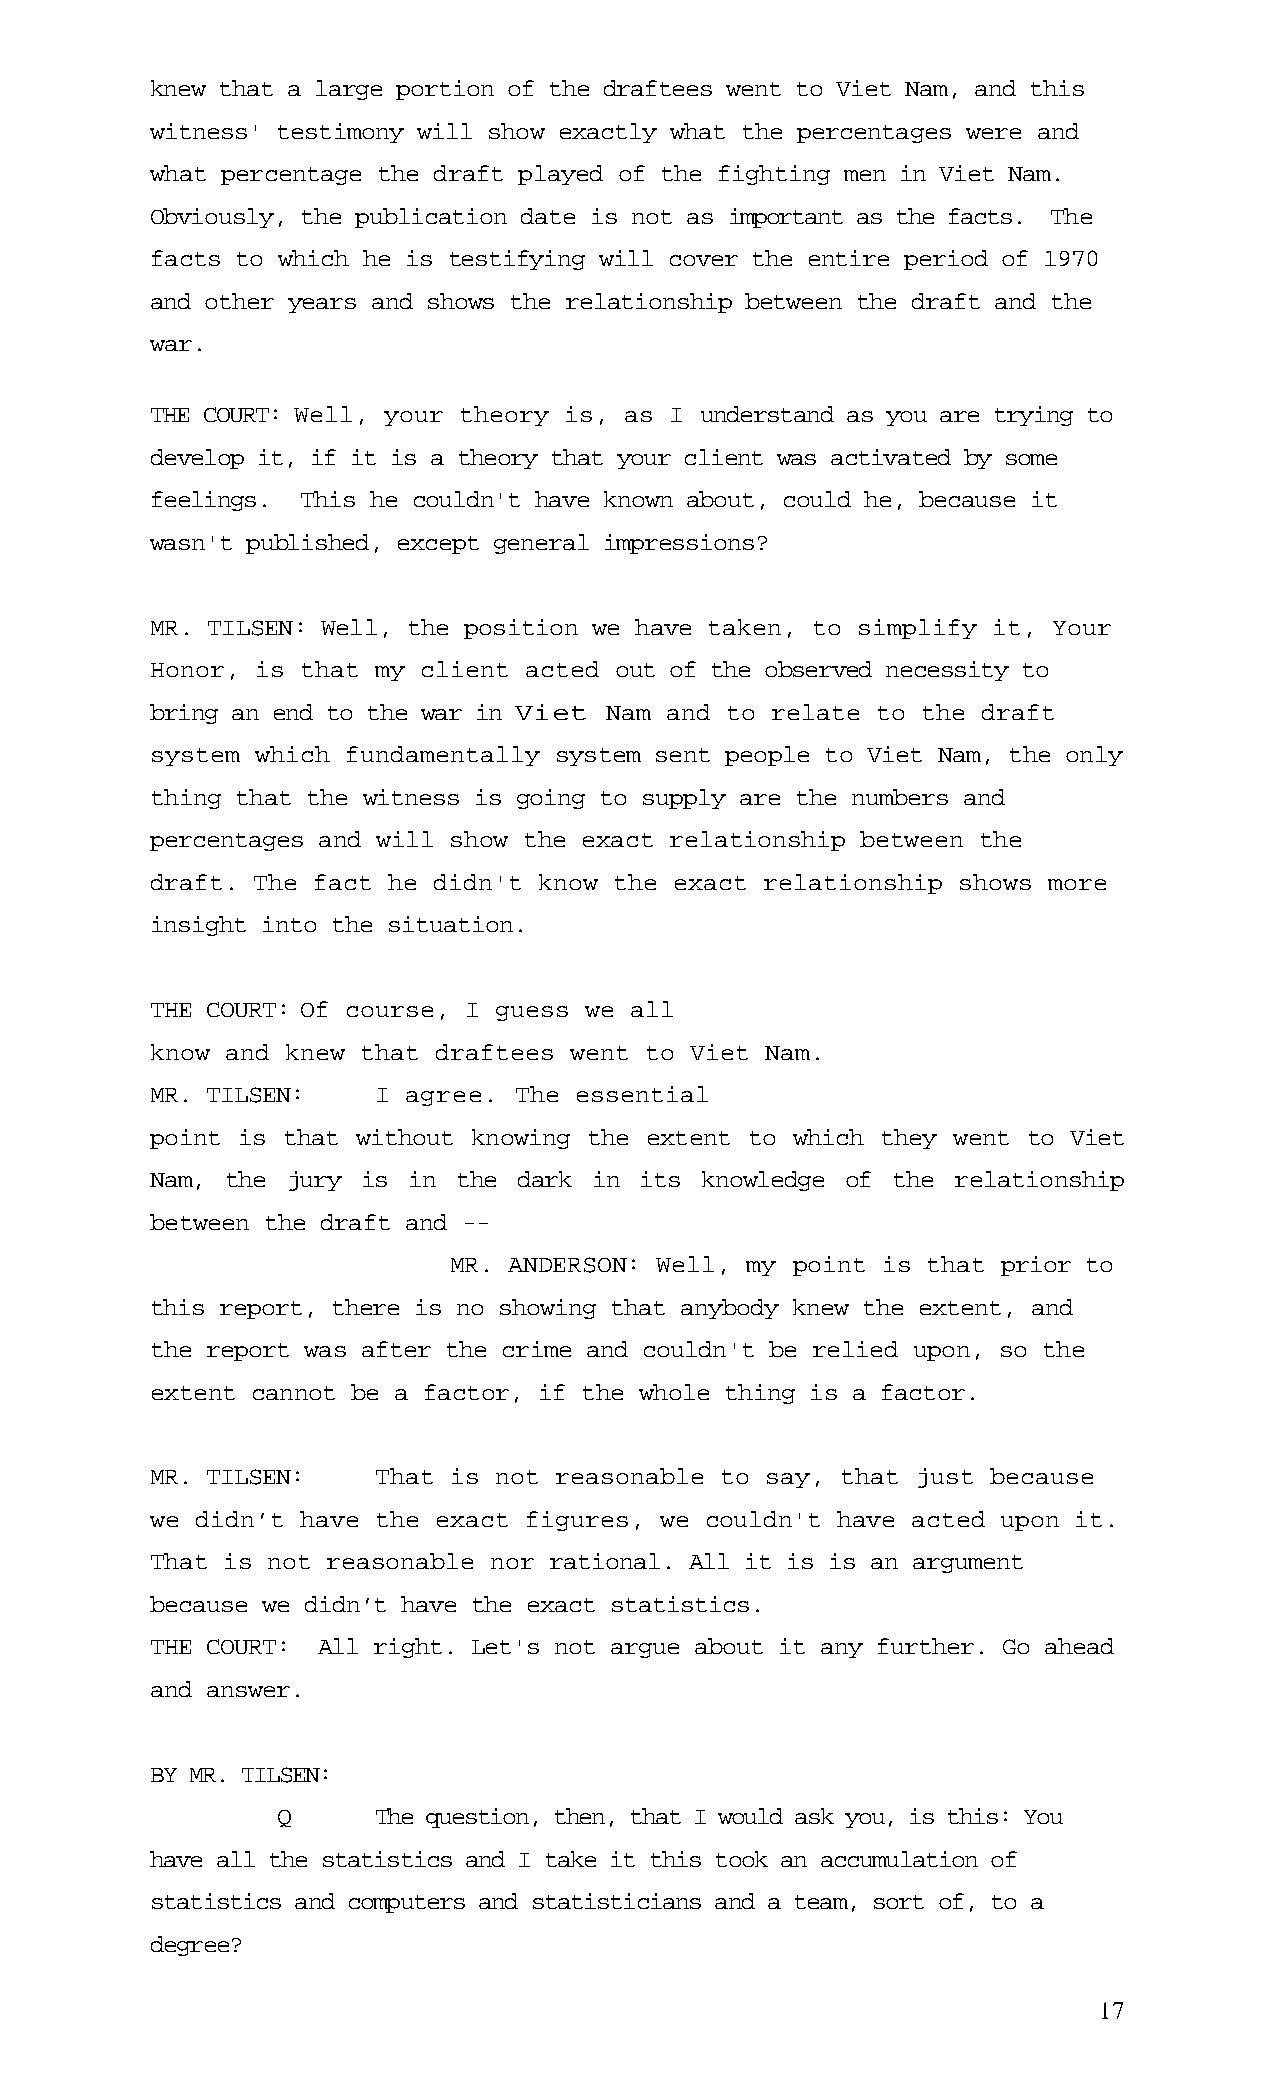
knew that a large portion of the draftees went to Viet Nam, and this
 witness' testimony will show exactly what the percentages were and
 what percentage the draft played of the fighting men in Viet Nam.
 Obviously, the publication date is not as important as the facts. The
 facts to which he is testifying will cover the entire period of 1970
 and other years and shows the relationship between the draft and the
 war.
 THE COURT: Well, your theory is, as I understand as you are trying to
 develop it, if it is a theory that your client was activated by some
 feelings. This he couldn't have known about, could he, because it
 wasn't published, except general impressions?
 MR. TILSEN: Well, the position we have taken, to simplify it, Your
 Honor, is that my client acted out of the observed necessity to
 bring an end to the war in Viet Nam and to relate to the draft
 system which fundamentally system sent people to Viet Nam, the only
 thing that the witness is going to supply are the numbers and
 percentages and will show the exact relationship between the
 draft. The fact he didn't know the exact relationship shows more
 insight into the situation.
 THE COURT: Of course, I guess we all
 know and knew that draftees went to Viet Nam.
 MR. TILSEN:    I agree. The essential
 point is that without knowing the extent to which they went to Viet
 Nam, the jury is in the dark in its knowledge of the relationship
 between the draft and --
 MR. ANDERSON: Well, my point is that prior to
 this report, there is no showing that anybody knew the extent, and
 the report was after the crime and couldn't be relied upon, so the
 extent cannot be a factor, if the whole thing is a factor.
 MR. TILSEN:    That is not reasonable to say, that just because
 we didn’t have the exact figures, we couldn't have acted upon it.
 That is not reasonable nor rational. All it is is an argument
 because we didn’t have the exact statistics.
 THE COURT: All right. Let's not argue about it any further. Go ahead
 and answer.
 BY MR. TILSEN:
 Q      The question, then, that I would ask you, is this: You
 have all the statistics and I take it this took an accumulation of
 statistics and computers and statisticians and a team, sort of, to a
 degree?
 17